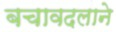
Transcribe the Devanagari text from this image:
बचावदलाने